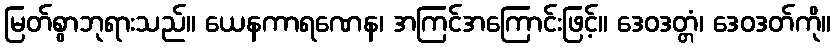
မြတ်စွာဘုရားသည်။ ယေနကာရဏေန၊ အကြင်အကြောင်းဖြင့်။ ဒေဝဒတ္တံ၊ ဒေဝဒတ်ကို။